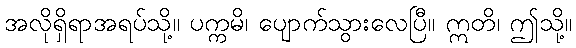
အလိုရှိရာအရပ်သို့။ ပက္ကမိ၊ ပျောက်သွားလေပြီ။ ဣတိ၊ ဤသို့။